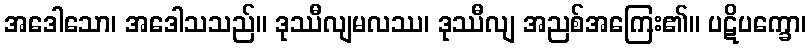
အဒေါသော၊ အဒေါသသည်။ ဒုဿီလျမလဿ၊ ဒုဿီလျ အညစ်အကြေး၏။ ပဋိပက္ခော၊